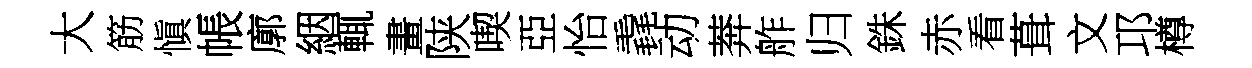
大筋愼帳廓絪輒畫陕喫亞怡毳动莾舴归銖赤看葺文邛樽